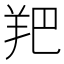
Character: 羓